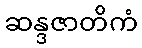
ဆန္ဒဇာတိကံ